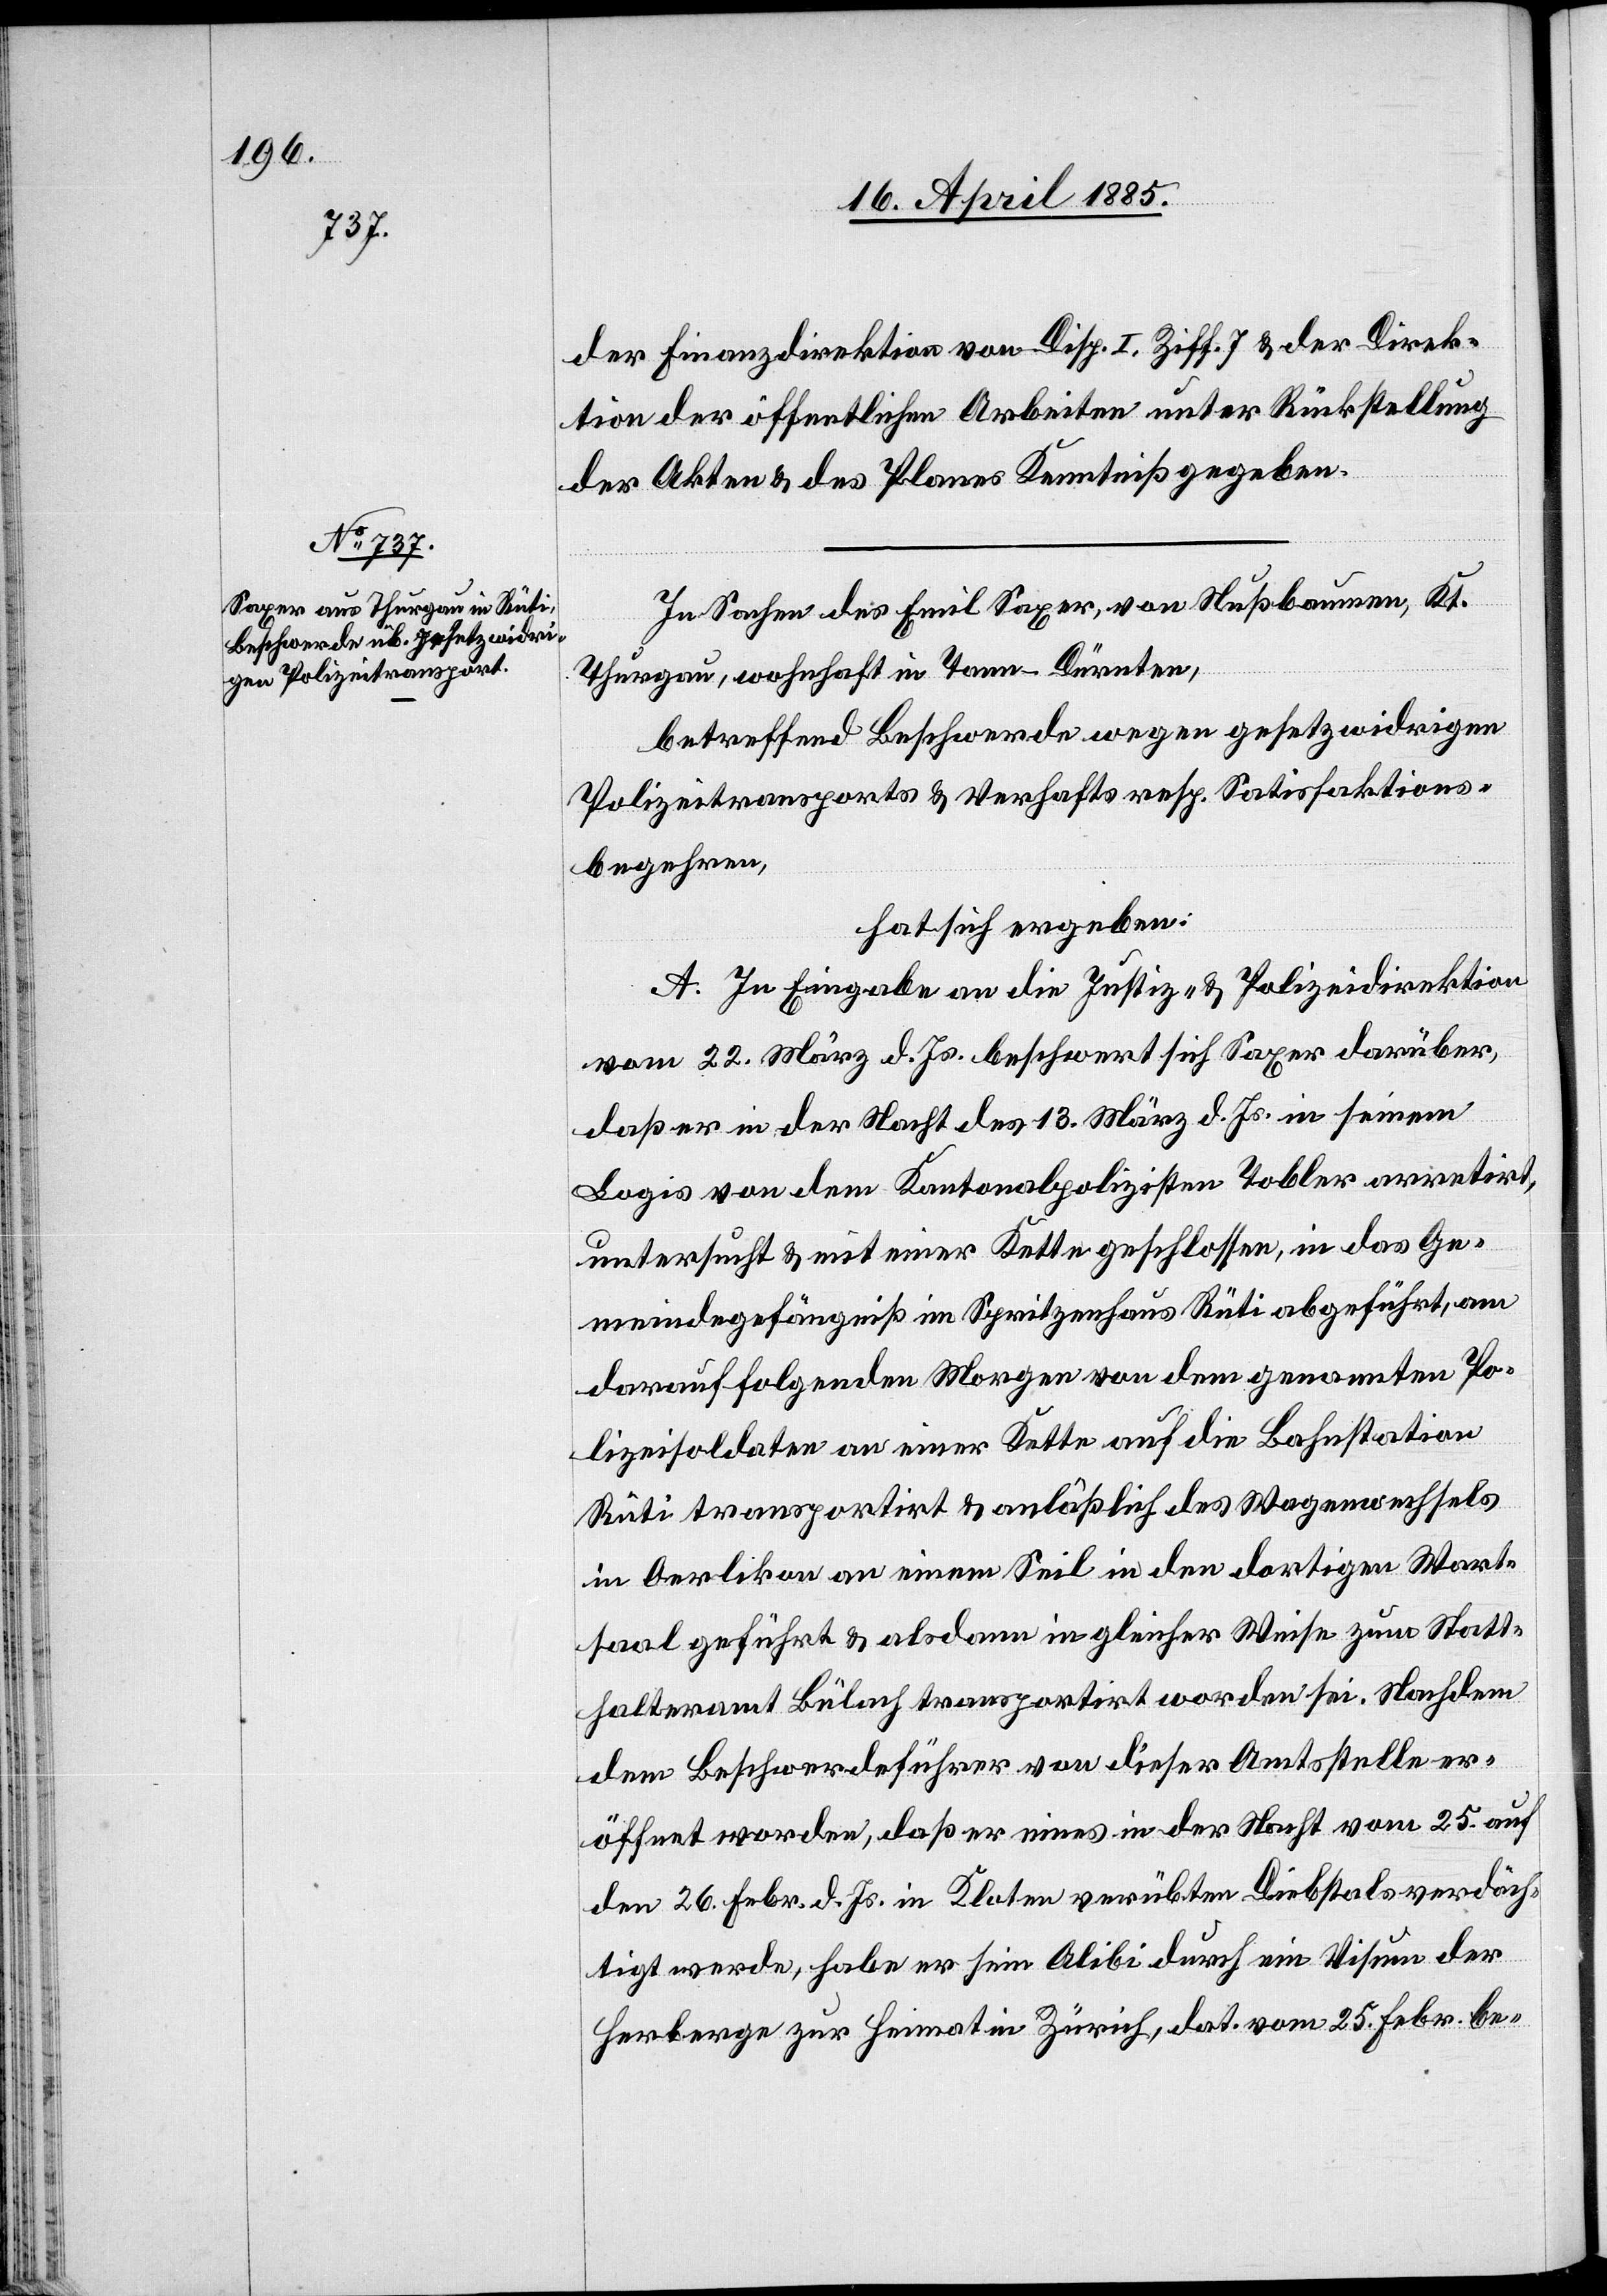
der Finanzdirektion von Disp. I. Ziff. 7 & der Direk¬
tion der öffentlichen Arbeiten unter Rückstellung
der Akten & des Planes Kenntniß gegeben.
In Sachen des Emil Saxer, von Nußbaumen, Kt.
Thurgau, wohnhaft in Tann - Dürnten,
betreffend Beschwerde wegen gesetzwidrigen
Polizeitransports & Verhafts resp. Satisfaktions¬
begehren,
hat sich ergeben:
A. In Eingabe an die Justiz- & Polizeidirektion
vom 22. März d. Js. beschwert sich Saxer darüber,
daß er in der Nacht des 13. März d. Js. in seinem
Logis von dem Kantonalpolizisten Tobler arretirt,
untersucht & mit einer Kette geschlossen, in das Ge¬
meindegefängniß im Spritzenhaus Rüti abgeführt, am
darauffolgenden Morgen von dem genannten Po¬
lizeisoldaten an einer Kette auf die Bahnstation
Rüti transportirt & anläßlich des Wagenwechsels
in Oerlikon an einem Seil in den dortigen Wart¬
saal geführt & alsdann in gleicher Weise zum Statt¬
halteramt Bülach transportirt worden sei. Nachdem
dem Beschwerdeführer von dieser Amtsstelle er¬
öffnet worden, daß er eines in der Nacht vom 25. auf
den 26. Febr. d. Js. in Kloten verübten Diebstals verdäch¬
tigt werde, habe er sein Alibi durch ein Visum der
Herberge zur Heimat in Zürich, dat. vom 25. Febr. be-